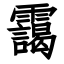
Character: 靄